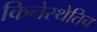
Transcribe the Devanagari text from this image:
किनेस्थेतिच्